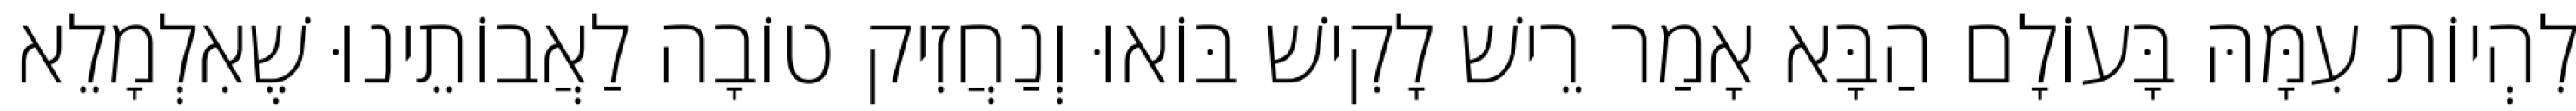
לִהְיוֹת עִמָּהּ בָּעוֹלָם הַבָּא אָמַר רֵישׁ לָקִישׁ בּוֹאוּ וְנַחֲזִיק טוֹבָה לַאֲבוֹתֵינוּ שֶׁאִלְמָלֵא